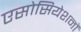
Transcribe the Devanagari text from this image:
एसोसियेशनों